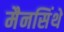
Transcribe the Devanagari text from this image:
मैनसिंथे